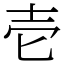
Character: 壱